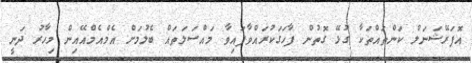
އޮޕަރޭޝަނަލް ކަންތައްތަކާ ގުޅޭ ގޮތުން ފާހަގަކުރައްވާފައިވާ މައްސަލަތައް ބެލުމަށް އެމްއެމްއޭއިން މިހާރު ދަނީ